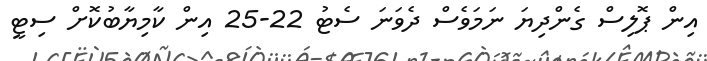
އިން ޕޮލިސް ގެންދިޔަ ނަމަވެސް ދެވަނަ ސެޓު 22-25 އިން ކާމިޔާބުކޮށް ސިޓީ